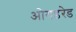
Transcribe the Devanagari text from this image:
ओगडरेड